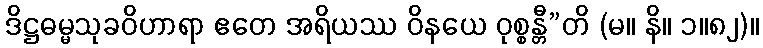
ဒိဋ္ဌဓမ္မသုခဝိဟာရာ ဧတေ အရိယဿ ဝိနယေ ဝုစ္စန္တီ”တိ (မ။ နိ။ ၁။၈၂)။